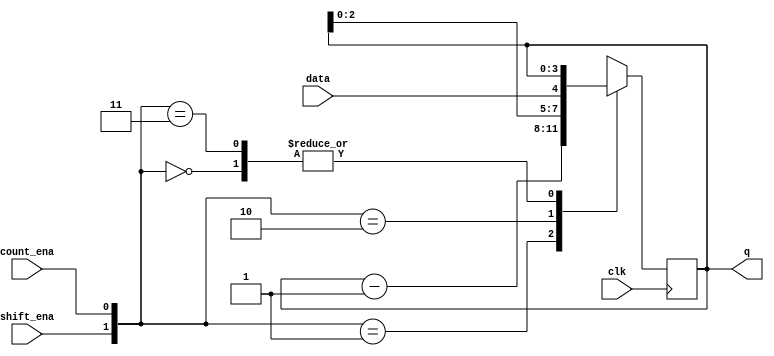
module top_module (
    input                   clk         ,
    input                   shift_ena   ,
    input                   count_ena   ,
    input                   data        ,
    output      [3 : 0]     q
);

    // Data is shifted in MSB first when shift_ena is 1
    // The number currently in the shift register is decremented 
    // when count_ena is 1.

    always @ (posedge clk) begin
        case ({shift_ena, count_ena})
            2'b00 : q <= q;
            2'b01 : q <= q - 1'b1;
            2'b10 : q <= { q[2 : 0], data};
            2'b11 : q <= q;
        endcase
    end

endmodule